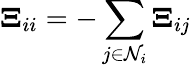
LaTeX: \boldsymbol\Xi_{ii}=-\sum_{j\in\mathcal{N}_{i}}\boldsymbol\Xi_{ij}